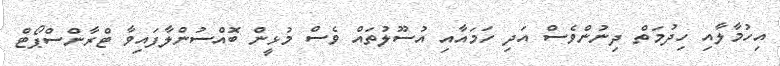
އިހުމާލާއި ހިދުމަތް ދިނުންވެސް އަދި ހަމައާއި އުސޫލުތައް ވެސް މުޅީން ބޮއްސުންލާފައިވާ ޓްރާންސްޕޯޓް